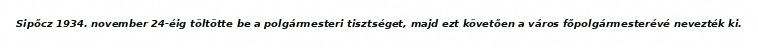
Sipőcz 1934. november 24-éig töltötte be a polgármesteri tisztséget, majd ezt követően a város főpolgármesterévé nevezték ki.